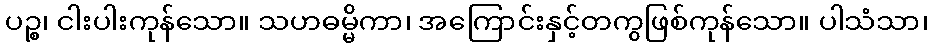
ပဉ္စ၊ ငါးပါးကုန်သော။ သဟဓမ္မိကာ၊ အကြောင်းနှင့်တကွဖြစ်ကုန်သော။ ပါသံသာ၊